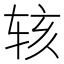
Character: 𬨇